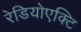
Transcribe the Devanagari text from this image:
रेडियोएक्टि